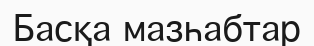
Басқа мазһабтар